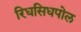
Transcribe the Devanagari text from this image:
रिधसिधपोल